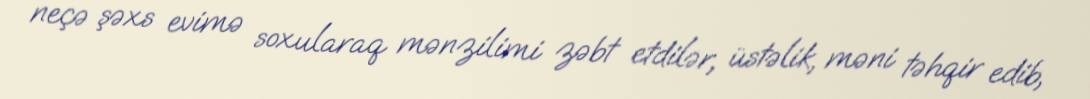
neçə şəxs evimə soxularaq mənzilimi zəbt etdilər, üstəlik, məni təhqir edib,